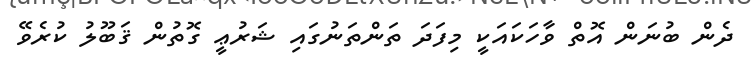
ދެން ބުނަން އޮތް ވާހަކައަކީ މިފަދަ ތަންތަނުގައި ޝަރުޢީ ގޮތުން ޤަބޫލު ކުރެވޭ